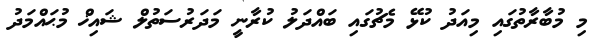
މި މުބާރާތުގައި މިއަދު ކުޅޭ މެޗުގައި ބައްދަލު ކުރާނީ މަދަރުސަތުލް ޝައިޚް މުޙައްމަދު